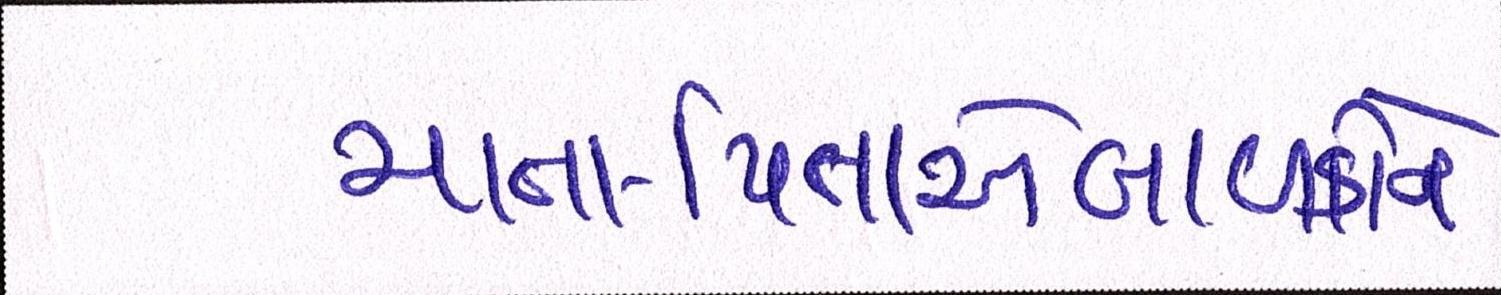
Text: માતા-પિતાએબાળકોને